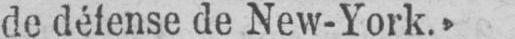
de défense de New-York.»